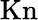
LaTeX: \textrm{Kn}